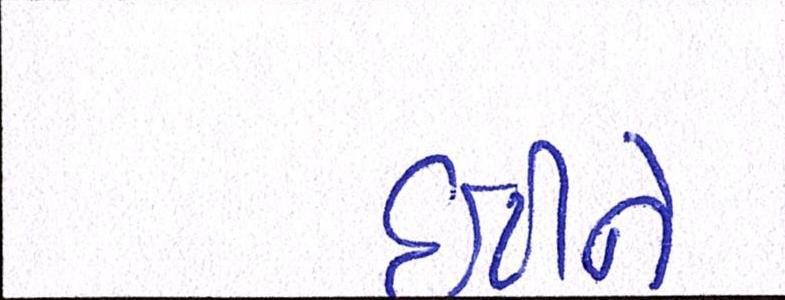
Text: ઇટીને